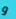
و